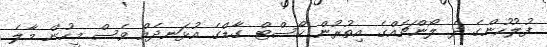
ފުލުހުންގެ ދެ ލޯންޗެއްގެ އިތުރުން ކޯސްޓް ގާޑްގެ އުޅަނދެއް ވެސް މީހުން މާލެ